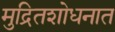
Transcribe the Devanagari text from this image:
मुद्रितशोधनात